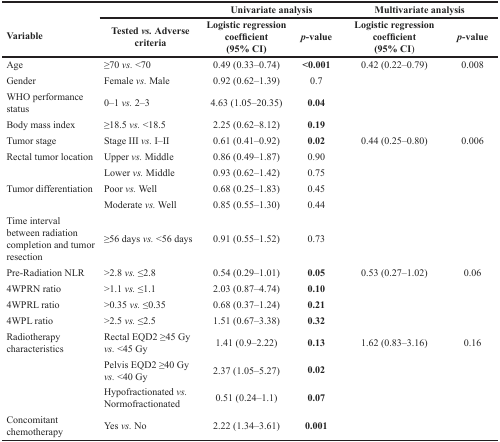
| <ROWSPAN=2> Variable |  | <COLSPAN=2> Univariate analysis | <COLSPAN=2> Multivariate analysis |
 | Tested vs. Adverse criteria | Logistic regression coefficient(95% CI) | p-value | Logistic regression coefficient(95% CI) | p-value |
 | --- | --- | --- | --- | --- | --- |
 | Age | ≥70 vs. <70 | 0.49 (0.33–0.74) | <0.001 | 0.42 (0.22–0.79) | 0.008 |
 | Gender | Female vs. Male | 0.92 (0.62–1.39) | 0.7 |  |  |
 | WHO performance status | 0–1 vs. 2–3 | 4.63 (1.05–20.35) | 0.04 |  |  |
 | Body mass index | ≥18.5 vs. <18.5 | 2.25 (0.62–8.12) | 0.19 |  |  |
 | Tumor stage | Stage III vs. I–II | 0.61 (0.41–0.92) | 0.02 | 0.44 (0.25–0.80) | 0.006 |
 | Rectal tumor location | Upper vs. Middle | 0.86 (0.49–1.87) | 0.90 |  |  |
 |  | Lower vs. Middle | 0.93 (0.62–1.42) | 0.75 |  |  |
 | Tumor differentiation | Poor vs. Well | 0.68 (0.25–1.83) | 0.45 |  |  |
 |  | Moderate vs. Well | 0.85 (0.55–1.30) | 0.44 |  |  |
 | Time interval between radiation completion and tumor resection | ≥56 days vs. <56 days | 0.91 (0.55–1.52) | 0.73 |  |  |
 | Pre-Radiation NLR | >2.8 vs. ≤2.8 | 0.54 (0.29–1.01) | 0.05 | 0.53 (0.27–1.02) | 0.06 |
 | 4WPRN ratio | >1.1 vs. ≤1.1 | 2.03 (0.87–4.74) | 0.10 |  |  |
 | 4WPRL ratio | >0.35 vs. ≤0.35 | 0.68 (0.37–1.24) | 0.21 |  |  |
 | 4WPL ratio | >2.5 vs. ≤2.5 | 1.51 (0.67–3.38) | 0.32 |  |  |
 | Radiotherapy characteristics | Rectal EQD2 ≥45 Gy vs. <45 Gy | 1.41 (0.9–2.22) | 0.13 | 1.62 (0.83–3.16) | 0.16 |
 |  | Pelvis EQD2 ≥40 Gy vs. <40 Gy | 2.37 (1.05–5.27) | 0.02 |  |  |
 |  | Hypofractionated vs. Normofractionated | 0.51 (0.24–1.1) | 0.07 |  |  |
 | Concomitant chemotherapy | Yes vs. No | 2.22 (1.34–3.61) | 0.001 |  |  |